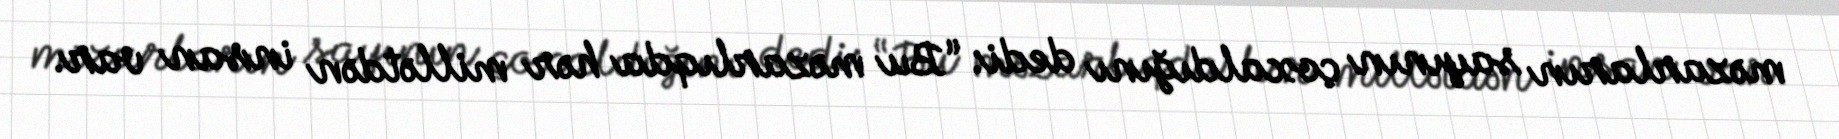
məzarların sayının çoxaldığını dedi: “Bu məzarlıqda hər millətdən insan var.